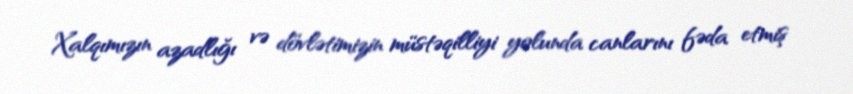
Xalqımızın azadlığı və dövlətimizin müstəqilliyi yolunda canlarını fəda etmiş